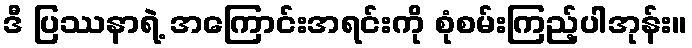
ဒီ ပြဿနာရဲ့ အကြောင်းအရင်းကို စုံစမ်းကြည့်ပါအုန်း။